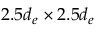
2 . 5 d _ { e } \times 2 . 5 d _ { e }